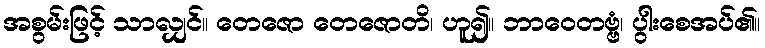
အစွမ်းဖြင့် သာလျှင်။ တေဇော တေဇောတိ၊ ဟူ၍။ ဘာဝေတဗ္ဗံ၊ ပွါးစေအပ်၏။